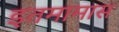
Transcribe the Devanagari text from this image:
इतमामास